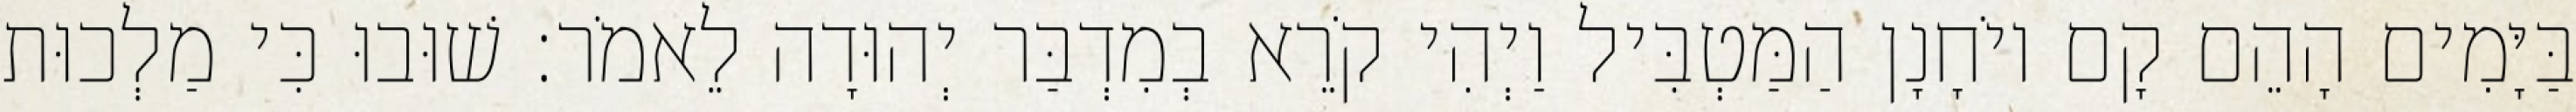
בַּיָּמִים הָהֵם קָם יוֹחָנָן הַמַּטְבִּיל וַיְהִי קֹרֵא בְמִדְבַּר יְהוּדָה לֵאמֹר׃ שׁוּבוּ כִּי מַלְכוּת